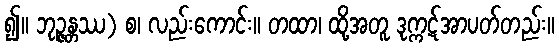
၍။ ဘုဉ္ဇန္တဿ) စ၊ လည်းကောင်း။ တထာ၊ ထို့အတူ ဒုက္ကဋ်အာပတ်တည်း။